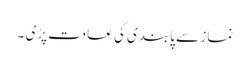
نماز سے پابندی کی عادت پڑی ۔